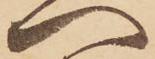
へ